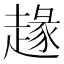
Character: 䞼